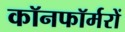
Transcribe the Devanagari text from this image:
कॉनफॉर्मरों